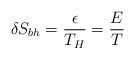
LaTeX: \begin{align*} \delta S_{bh} = \frac{\epsilon}{T_H} = \frac{E}{T}\end{align*}